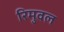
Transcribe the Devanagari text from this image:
रिमुवल